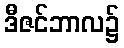
ဒီဇင်ဘာလ၌